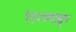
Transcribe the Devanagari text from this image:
१३४७पासून